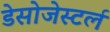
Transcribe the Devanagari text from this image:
डेसोजेस्टर्ल